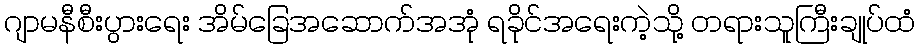
ဂျာမနီစီးပွားရေး အိမ်ခြေအဆောက်အအုံ ရခိုင်အရေးကဲ့သို့ တရားသူကြီးချုပ်ထံ